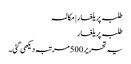
طلبہ پر یلغار | مکالمہ
طلبہ پر یلغار
یہ تحریر 500 مرتبہ دیکھی گئی۔